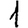
Digit: 1